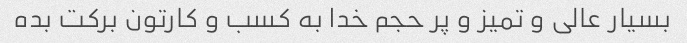
بسیار عالی و تمیز و پر حجم خدا به کسب و کارتون برکت بده